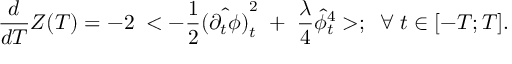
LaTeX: { \frac { d } { d T } } Z ( T ) = - 2 \; < - { \frac { 1 } { 2 } } \hat { ( \partial _ { t } \phi ) } _ { t } ^ { 2 } \; + \; { \frac { \lambda } { 4 } } \hat { \phi } _ { t } ^ { 4 } > ; \; \; \forall \; t \in [ - T ; T ] .